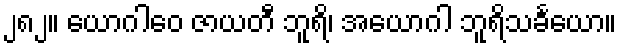
၂၈၂။ ယောဂါဝေ ဇာယတီ ဘူရိ၊ အယောဂါ ဘူရိသင်္ခယော။